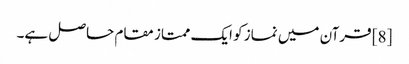
[8] قرآن میں نماز کو ایک ممتاز مقام حاصل ہے۔